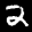
Label: 2